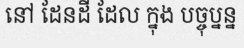
នៅ ដែនដី ដែល ក្នុង បច្ចុប្នន្ន